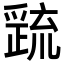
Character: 𭶷